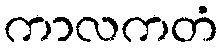
ကာလကတံ